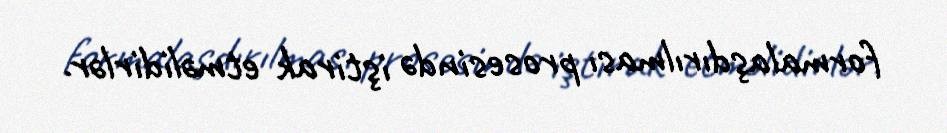
formalaşdırılması prosesində iştirak etməlidirlər.